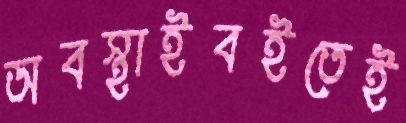
অবস্থাইবইতেই